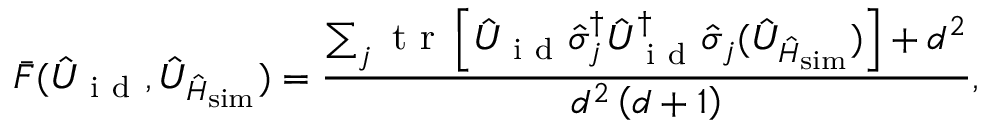
\bar { F } ( \hat { U } _ { \mathrm { ~ i ~ d ~ } } , \hat { U } _ { \hat { H } _ { \mathrm { s i m } } } ) = \frac { \sum _ { j } \mathrm { ~ t ~ r ~ } \left[ \hat { U } _ { \mathrm { ~ i ~ d ~ } } \hat { \sigma } _ { j } ^ { \dagger } \hat { U } _ { \mathrm { ~ i ~ d ~ } } ^ { \dagger } \boldsymbol { \hat { \sigma } } _ { j } ( \hat { U } _ { \hat { H } _ { \mathrm { s i m } } } ) \right] + d ^ { 2 } } { d ^ { 2 } \left( d + 1 \right) } ,